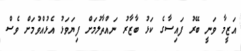
އަޒީމާ ވަނީ ބޭރު ފައިސާގެ ކަޅު ބާޒާރު ނައްތާލުމަށް ފިޔަވަޅު އެޅުއްވުމަށް ވެސް